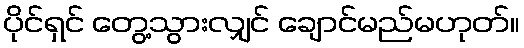
ပိုင်ရှင် တွေ့သွားလျှင် ချောင်မည်မဟုတ်။